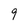
Character: 9